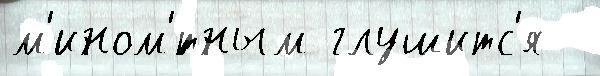
м'ином'́тным глушитс'я